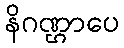
နိဂဏ္ဌာပေ